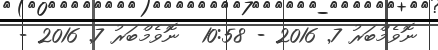
ނޮވެމްބަރު 7